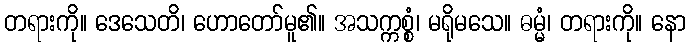
တရားကို။ ဒေသေတိ၊ ဟောတော်မူ၏။ အသက္ကစ္စံ၊ မရိုမသေ။ ဓမ္မံ၊ တရားကို။ နော